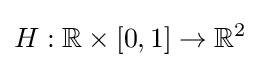
H:\mathbb {R} \times [0,1]\to \mathbb {R} ^{2}